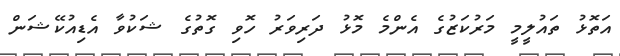
އަތޮޅު ތައުލީމީ މަރުކަޒުގެ އެންމެ މޮޅު ދަރިވަރު ހޮވި ގޮތުގެ ޝަކުވާ އެޑިއުކޭޝަން